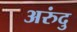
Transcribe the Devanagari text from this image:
अरुंदु